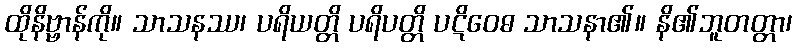
ထိုနိဗ္ဗာန်ကို။ သာသနဿ၊ ပရိယတ္တိ ပရိပတ္တိ ပဋိဝေဓ သာသနာ၏။ နိ၏ဘူတတ္တာ၊